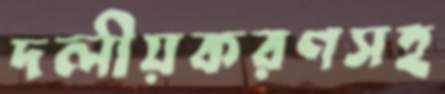
দলীয়করণসহ